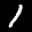
Label: 1